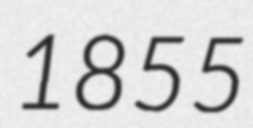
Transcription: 1855